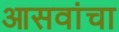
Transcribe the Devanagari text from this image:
आसवांचा